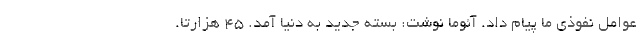
عوامل نفوذی ما پیام داد. آئوما نوشت: بسته جدید به دنیا آمد. 45 هزارتا.